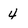
Character: 4